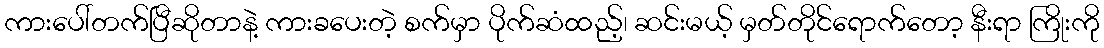
ကားပေါ်တက်ပြီဆိုတာနဲ့ ကားခပေးတဲ့ စက်မှာ ပိုက်ဆံထည့်၊ ဆင်းမယ့် မှတ်တိုင်ရောက်တော့ နီးရာ ကြိုးကို